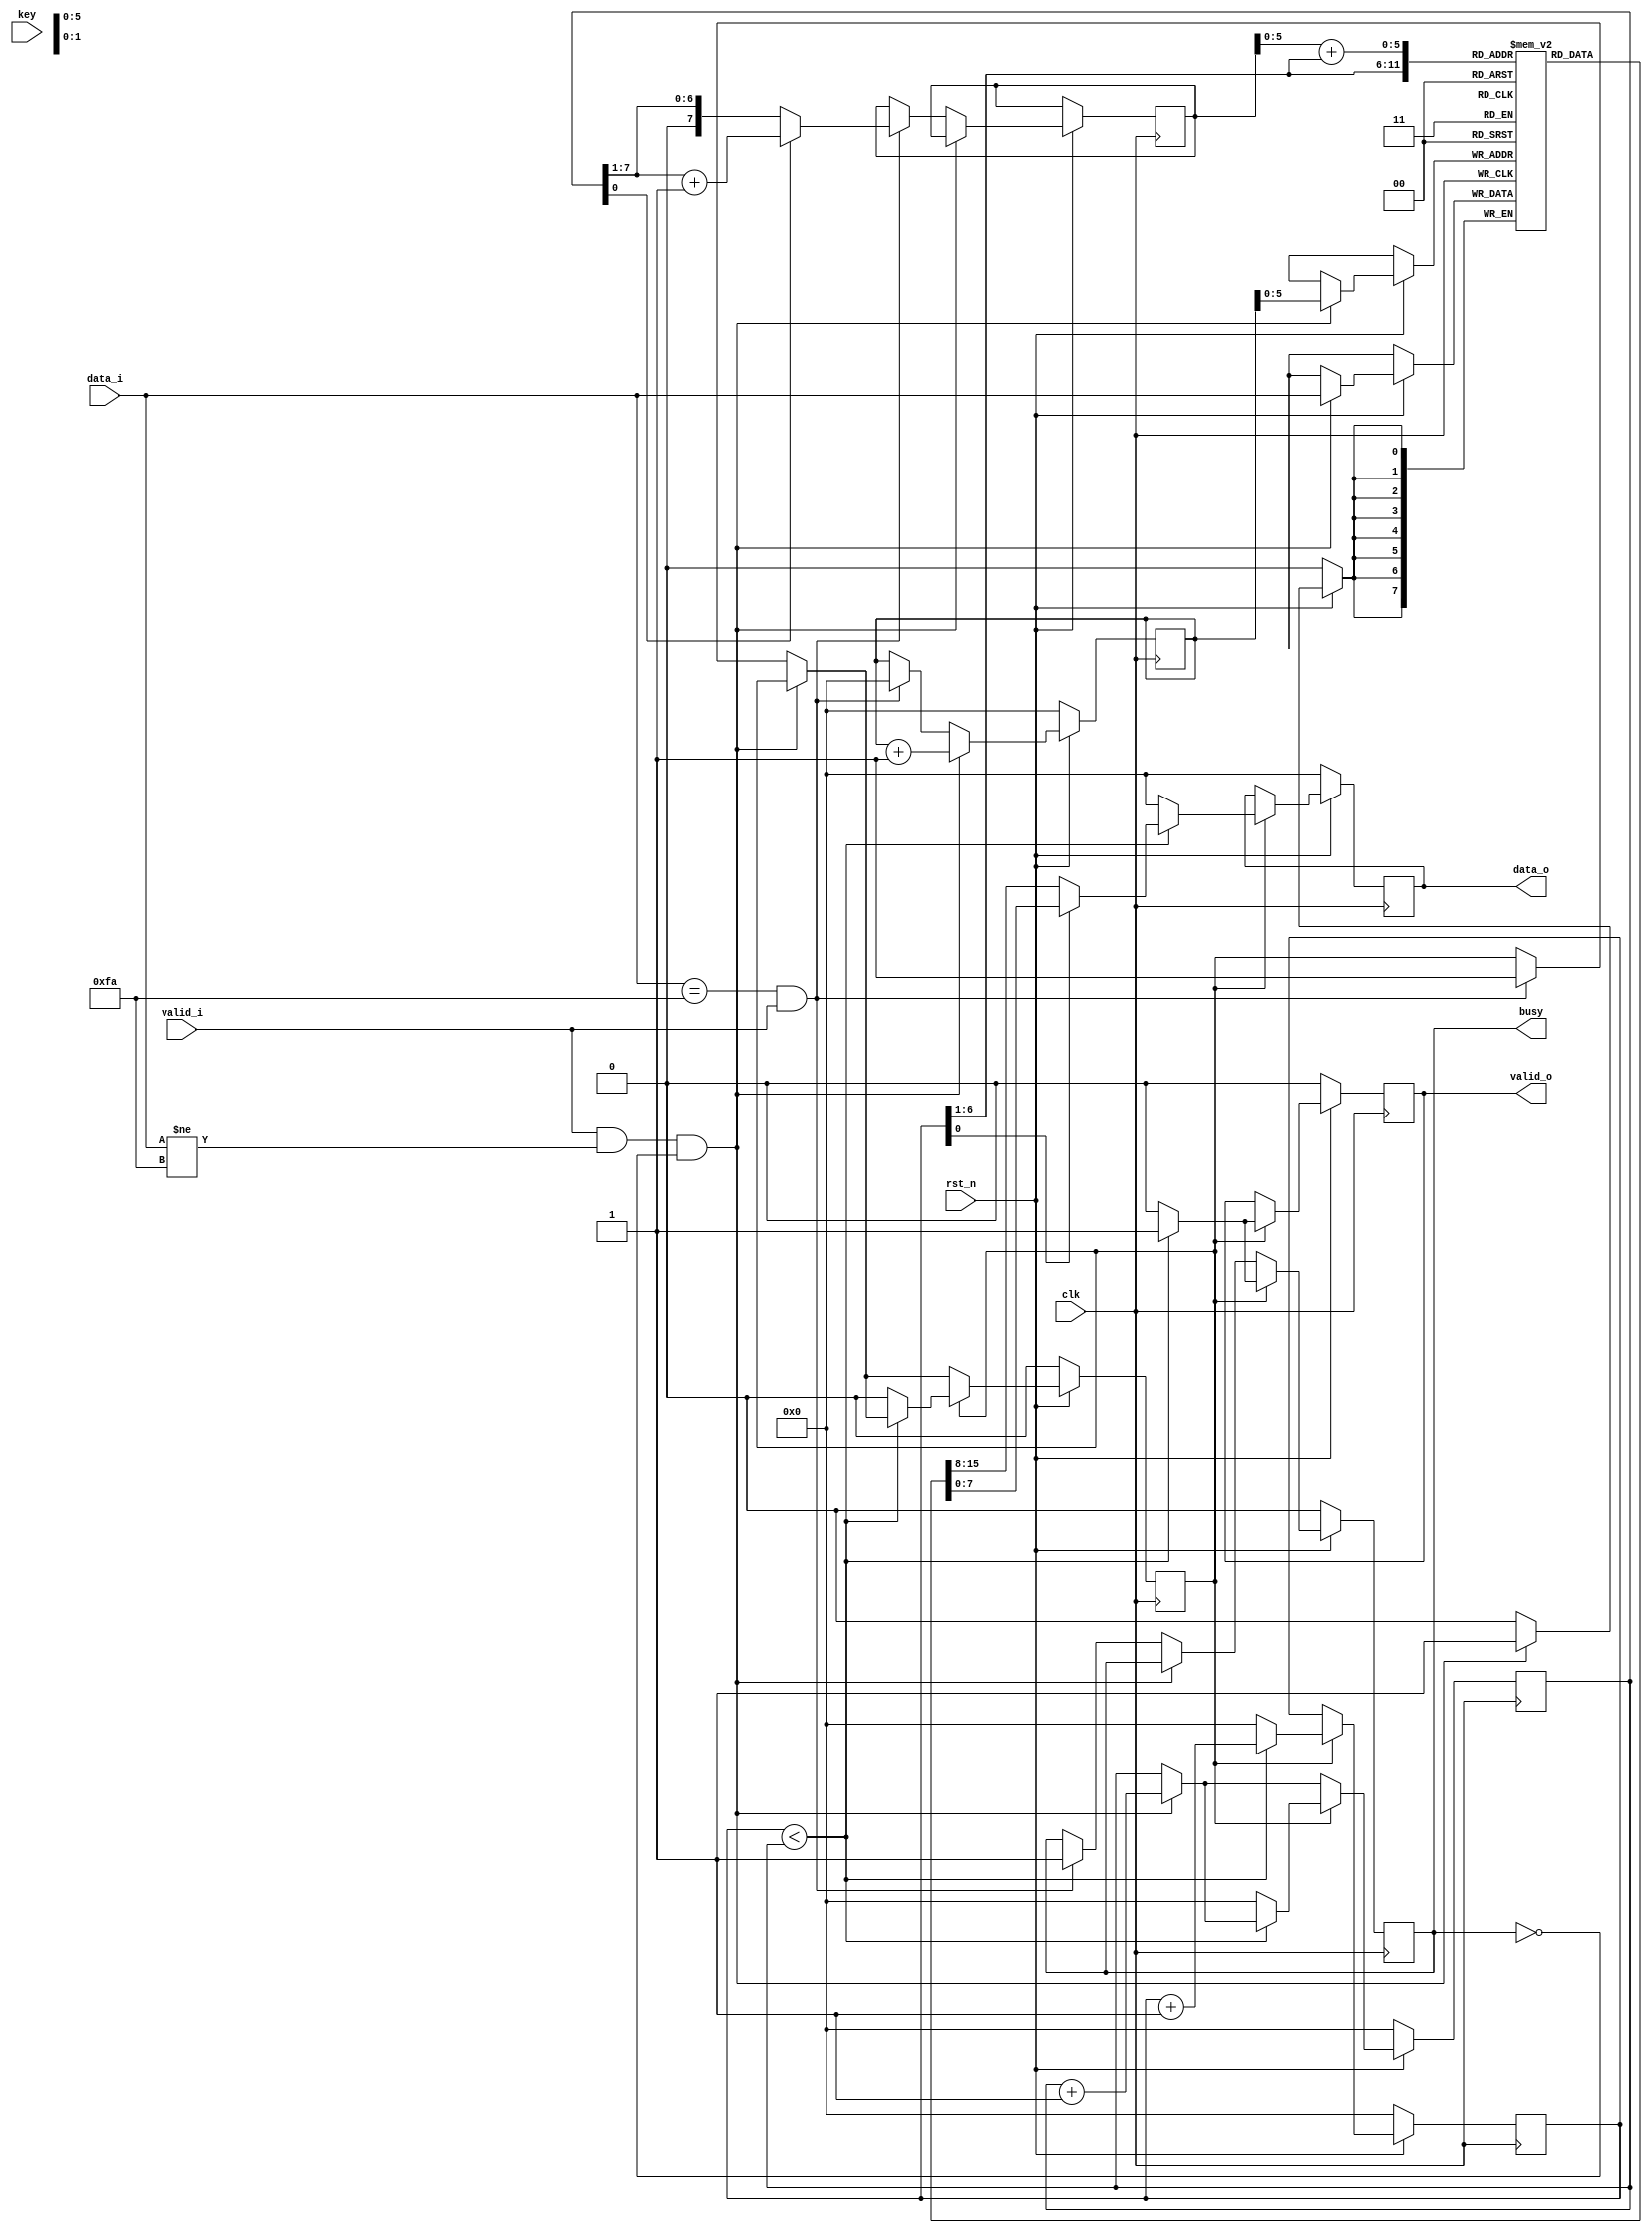
module zigzag_decryption #(
				parameter D_WIDTH = 8,
				parameter KEY_WIDTH = 8,
				parameter MAX_NOF_CHARS = 50,
				parameter START_DECRYPTION_TOKEN = 8'hFA
			)(
			// Clock and reset interface
			input clk,
			input rst_n,
			
			// Input interface
			input[D_WIDTH - 1:0] data_i,
			input valid_i,
			
			// Decryption Key
			input[KEY_WIDTH - 1 : 0] key,
			
			// Output interface
            output reg busy,
			output reg[D_WIDTH - 1:0] data_o,
			output reg valid_o
    );

reg [D_WIDTH-1 : 0] vector [MAX_NOF_CHARS-1 :0];

reg [7:0] i;
reg [7:0] k;
reg [7:0] j;
reg [7:0] nr_char; // variabila in care se numara valorile introduse in vector
reg [7:0] x; // in variabila x se va salva jumatatea vectorului de date
reg start;

always@(posedge clk ) begin
	if(!rst_n) begin
            data_o <= 0;
            valid_o <= 0;
            busy <= 0;
			i <= 0;
			j <= 0;
			k <= 0;
			start <= 0;
			nr_char <= 0;
	end else if (rst_n) begin
          
		if (valid_i == 1 && data_i != START_DECRYPTION_TOKEN && busy == 0) begin
				vector[j] <= data_i;
				nr_char <= nr_char + 1;
				j <= j + 1;				
         end else if(data_i == START_DECRYPTION_TOKEN && valid_i==1) begin
			// daca se ajunge la caracterul 0xFA, se pun start si busy pe 1
				start <= 1;
				busy <= 1;
				j <= 0;
				if(nr_char[0] == 0) begin 					
					x <= (nr_char >> 1); // x este jumatatea vectorului 
				end else begin						
					x <= (nr_char >>1) +1;
				end
		end
		
		if (start == 1) begin // se incepe decriptarea 
				if (k < nr_char) begin
					valid_o <= 1;
					busy <= 1;
					if (k[0] == 0) begin 
						data_o <= vector[k >> 1];
						k <= k+1;
					end else if (k[0] == 1) begin
						data_o <= vector[x + (k >> 1)];
						k <= k+1;
					end
									
				end else begin 
					valid_o <= 0;
					busy <= 0;
					k <= 0;
					start <= 0;
					nr_char <= 0;
					data_o <= 0;
				end				
		end 	
		end 
		
	
end


endmodule